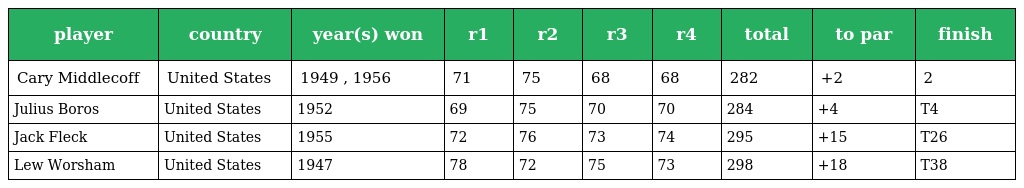
| player | country | year(s) won | r1 | r2 | r3 | r4 | total | to par | finish |
 | --- | --- | --- | --- | --- | --- | --- | --- | --- | --- |
 | Cary Middlecoff | United States | 1949 , 1956 | 71 | 75 | 68 | 68 | 282 | +2 | 2 |
 | Julius Boros | United States | 1952 | 69 | 75 | 70 | 70 | 284 | +4 | T4 |
 | Jack Fleck | United States | 1955 | 72 | 76 | 73 | 74 | 295 | +15 | T26 |
 | Lew Worsham | United States | 1947 | 78 | 72 | 75 | 73 | 298 | +18 | T38 |